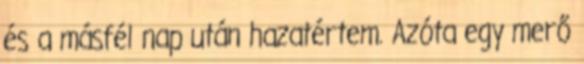
és a másfél nap után hazatértem. Azóta egy merő